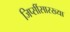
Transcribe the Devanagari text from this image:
जिप्सींसारख्या